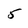
Character: 5